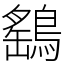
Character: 鷂